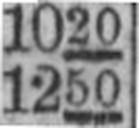
1250